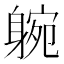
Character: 𨉝